Annual report on the working of the Harcourt Butler Institute of Public Health, Rangoon
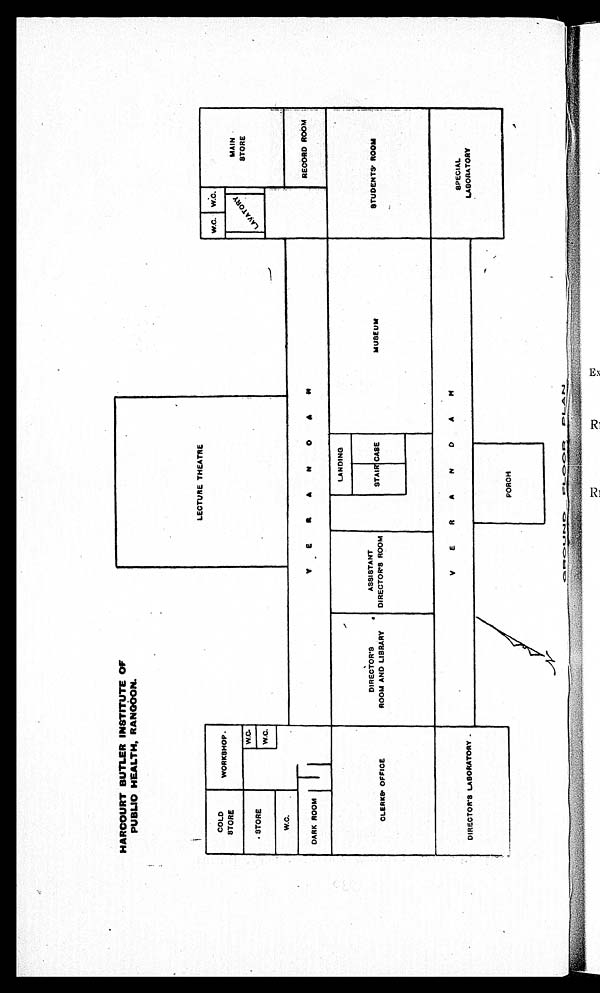
HARCOURT BUTLER INSTITUTE OF
PUBLIC HEALTH, RANGOON.
GROUND FLOOR PLAN.